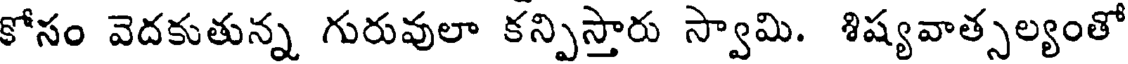
కోసం వెదకుతున్న గురువులా కన్పిస్తారు స్వామి. శిష్యవాత్సల్యంతో